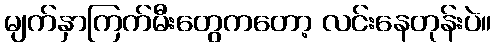
မျက်နှာကြက်မီးတွေကတော့ လင်းနေတုန်းပဲ။